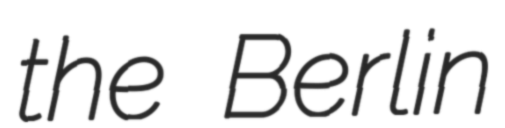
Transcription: the Berlin